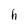
Character: h